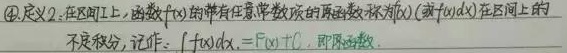
\textcircled{4} 定义2: 在区间 \(I\) 上，函数 \(f(x)\) 的带有任意常数项的原函数称为 \(f(x)\)（或 \(f(x)dx\)）在区间 \(I\) 上的不定积分，记作：\(\int f(x)dx = F(x)+C\)，即原函数。